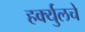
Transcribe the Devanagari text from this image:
हर्क्युलचे